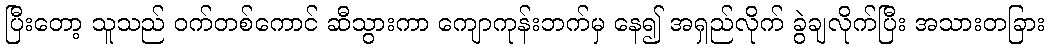
ပြီးတော့ သူသည် ဝက်တစ်ကောင် ဆီသွားကာ ကျောကုန်းဘက်မှ နေ၍ အရှည်လိုက် ခွဲချလိုက်ပြီး အသားတခြား